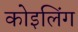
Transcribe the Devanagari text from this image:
कोइलिंग